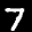
Label: 7